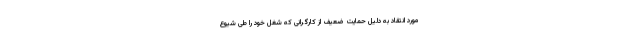
مورد انتقاد به دلیل حمایت ضعیف از کارگرانی که شغل خود را طی شیوع